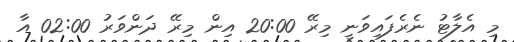
މި އެލާޓު ނެރެފައިވަނީ މިރޭ 20:00 އިން މިރޭ ދަންވަރު 02:00 އާ